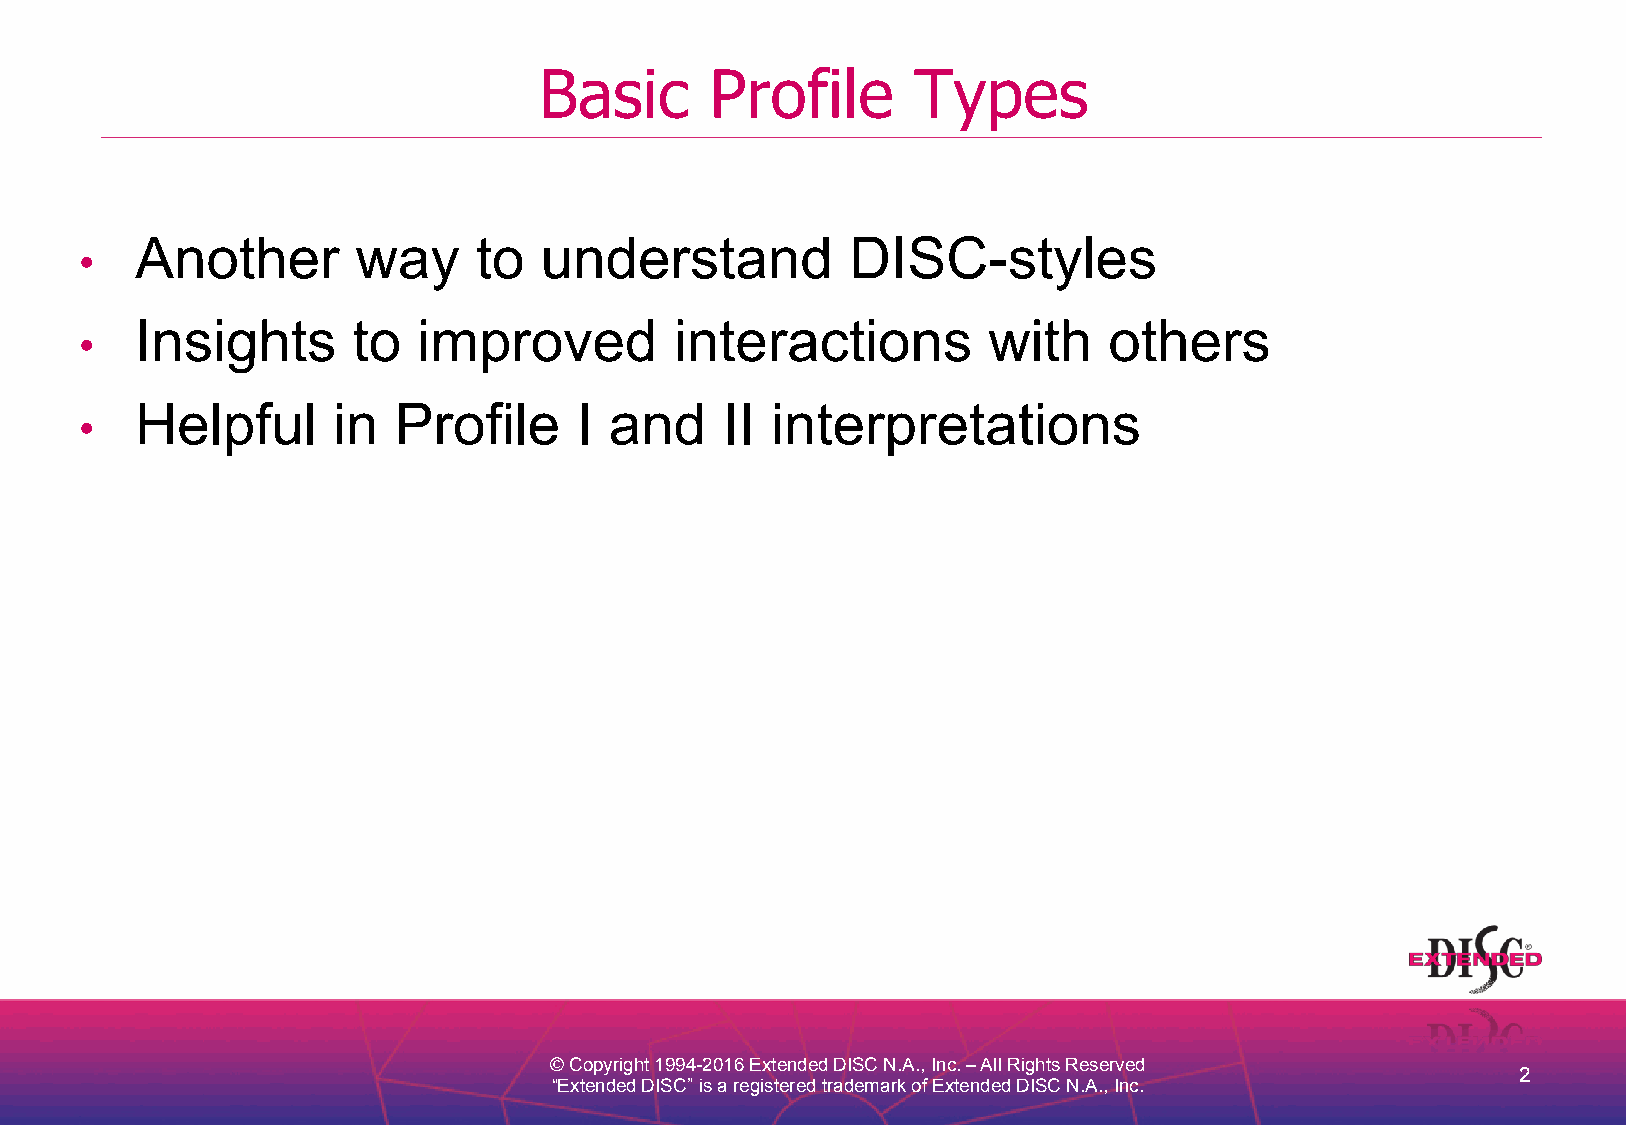
Basic      Profile      Types
 Another        way    to   understand          DISC-styles
 •
 Insights      to   improved         interactions        with    others
 •
 Helpful      in  Profile     I and     II interpretations
 •
 © Copyright 1994-2016 Extended DISC N.A., Inc. – All Rights Reserved
 2
 “Extended DISC” is a registered trademark of Extended DISC N.A., Inc.